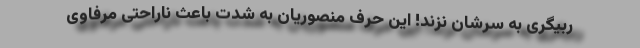
ربیگری به سرشان نزند! این حرف منصوریان به شدت باعث ناراحتی مرفاوی